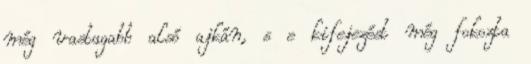
még vastagabb alsó ajkán, s e kifejezést még fokozta